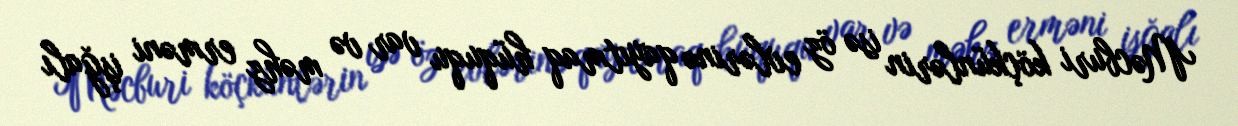
Məcburi köçkünlərin isə öz evlərinə qayıtmaq hüququ var və məhz erməni işğalı